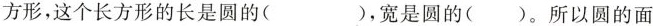
方形，这个长方形的长是圆的( )，宽是圆的( )。所以$$圆 的 面